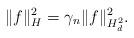
LaTeX: \begin{align*}\|f\|^2_H = \gamma_n\|f\|^2_{H^2_d}.\end{align*}